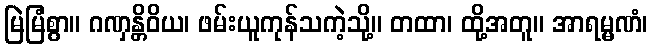
မြဲမြံစွာ။ ဂဏှန္တိဝိယ၊ ဖမ်းယူကုန်သကဲ့သို့။ တထာ၊ ထို့အတူ။ အာရမ္မဏံ၊